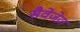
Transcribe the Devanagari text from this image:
सैवेजेज़